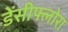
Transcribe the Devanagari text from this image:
डेंसीफ्लोरा